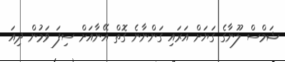
ޝަމްސް ލޫނާގެ ގަޔަށް އަރައި ގަންނާނެ ގޮތް އޭނާއަށް ސިފަ ވަމުން ދިއަ